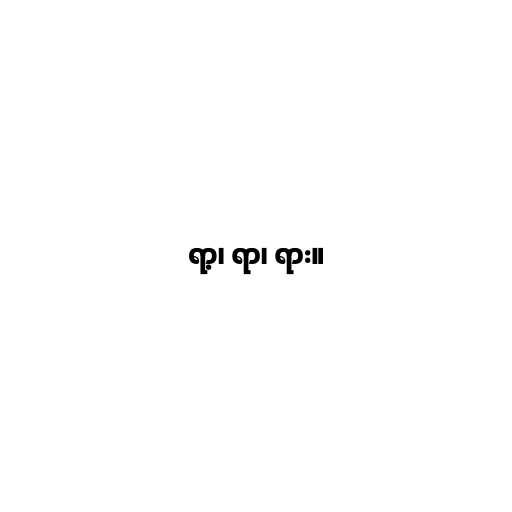
ရာ့၊ ရာ၊ ရား။